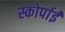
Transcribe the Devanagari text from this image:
स्कोर्पाई